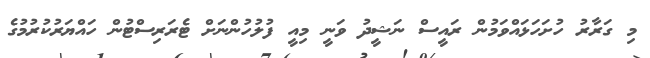
މި ގަރާރު ހުށަހަޅައްވަމުން ރައީސް ނަޝީދު ވަނީ މިއީ ފުލުހުންނަށް ޓެރަރިސްޓުން ހައްޔަރުކުރުމުގެ